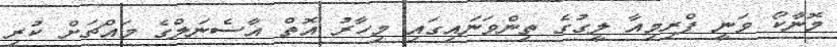
މޮނާކޯ ވަނީ ޕްރިމިއާ ލީގުގެ ތިންވަނައިގައި މިހާރު އޮތް އާސެނަލްގެ މައްޗަށް ކުރި